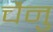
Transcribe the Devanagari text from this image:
चैनु